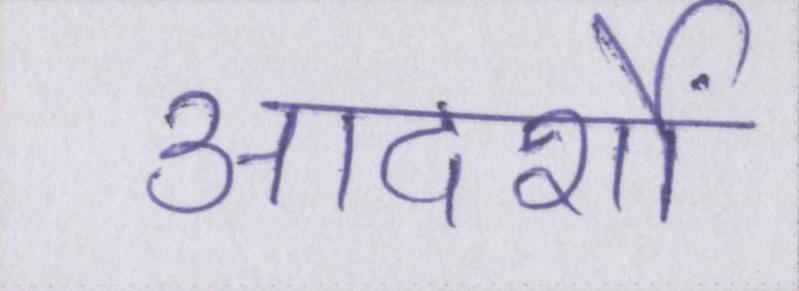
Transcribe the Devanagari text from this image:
आदर्शों